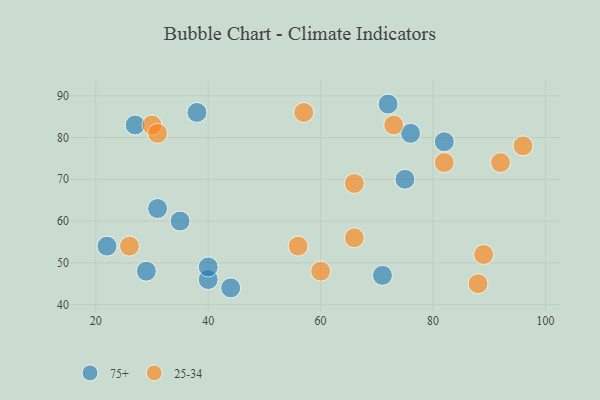
{"axis": {"x": "GDP", "y": "Life Expectancy"}, "legend": ["25-34", "75+"], "data": [{"x": "82", "y": 79, "type": "75+"}, {"x": "35", "y": 60, "type": "75+"}, {"x": "44", "y": 44, "type": "75+"}, {"x": "40", "y": 46, "type": "75+"}, {"x": "38", "y": 86, "type": "75+"}, {"x": "76", "y": 81, "type": "75+"}, {"x": "27", "y": 83, "type": "75+"}, {"x": "40", "y": 49, "type": "75+"}, {"x": "31", "y": 63, "type": "75+"}, {"x": "71", "y": 47, "type": "75+"}, {"x": "72", "y": 88, "type": "75+"}, {"x": "22", "y": 54, "type": "75+"}, {"x": "29", "y": 48, "type": "75+"}, {"x": "75", "y": 70, "type": "75+"}, {"x": "73", "y": 83, "type": "25-34"}, {"x": "89", "y": 52, "type": "25-34"}, {"x": "88", "y": 45, "type": "25-34"}, {"x": "92", "y": 74, "type": "25-34"}, {"x": "30", "y": 83, "type": "25-34"}, {"x": "82", "y": 74, "type": "25-34"}, {"x": "66", "y": 56, "type": "25-34"}, {"x": "56", "y": 54, "type": "25-34"}, {"x": "60", "y": 48, "type": "25-34"}, {"x": "66", "y": 69, "type": "25-34"}, {"x": "57", "y": 86, "type": "25-34"}, {"x": "26", "y": 54, "type": "25-34"}, {"x": "31", "y": 81, "type": "25-34"}, {"x": "96", "y": 78, "type": "25-34"}]}